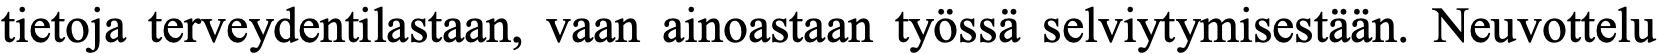
tietoja terveydentilastaan, vaan ainoastaan työssä selviytymisestään. Neuvottelu